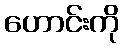
ဟောင်းကို